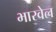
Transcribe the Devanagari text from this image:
भारवेल